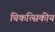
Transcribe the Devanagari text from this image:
चिकत्सिकीय